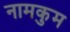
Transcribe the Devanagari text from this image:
नामकुम